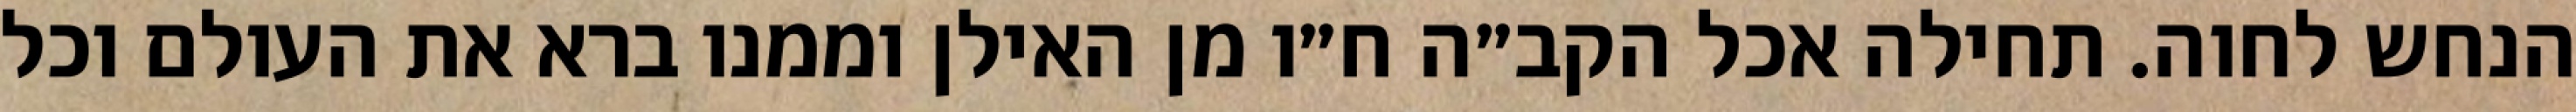
הנחש לחוה. תחילה אכל הקב״ה ח״ו מן האילן וממנו ברא את העולם וכל